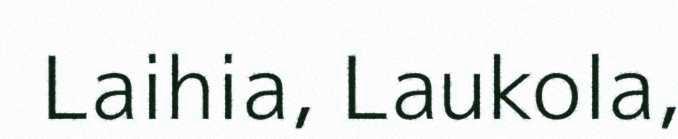
Laihia, Laukola,